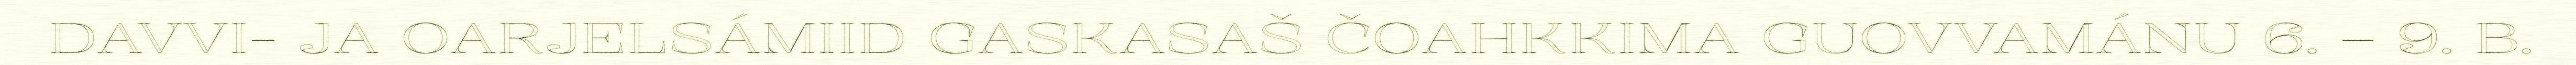
DAVVI- JA OARJELSÁMIID GASKASAŠ ČOAHKKIMA GUOVVAMÁNU 6. – 9. B.